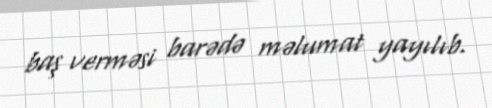
baş verməsi barədə məlumat yayılıb.